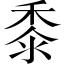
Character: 黍